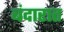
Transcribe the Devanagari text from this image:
बंदारात